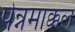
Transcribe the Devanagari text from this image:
पेन्नमाक्कल